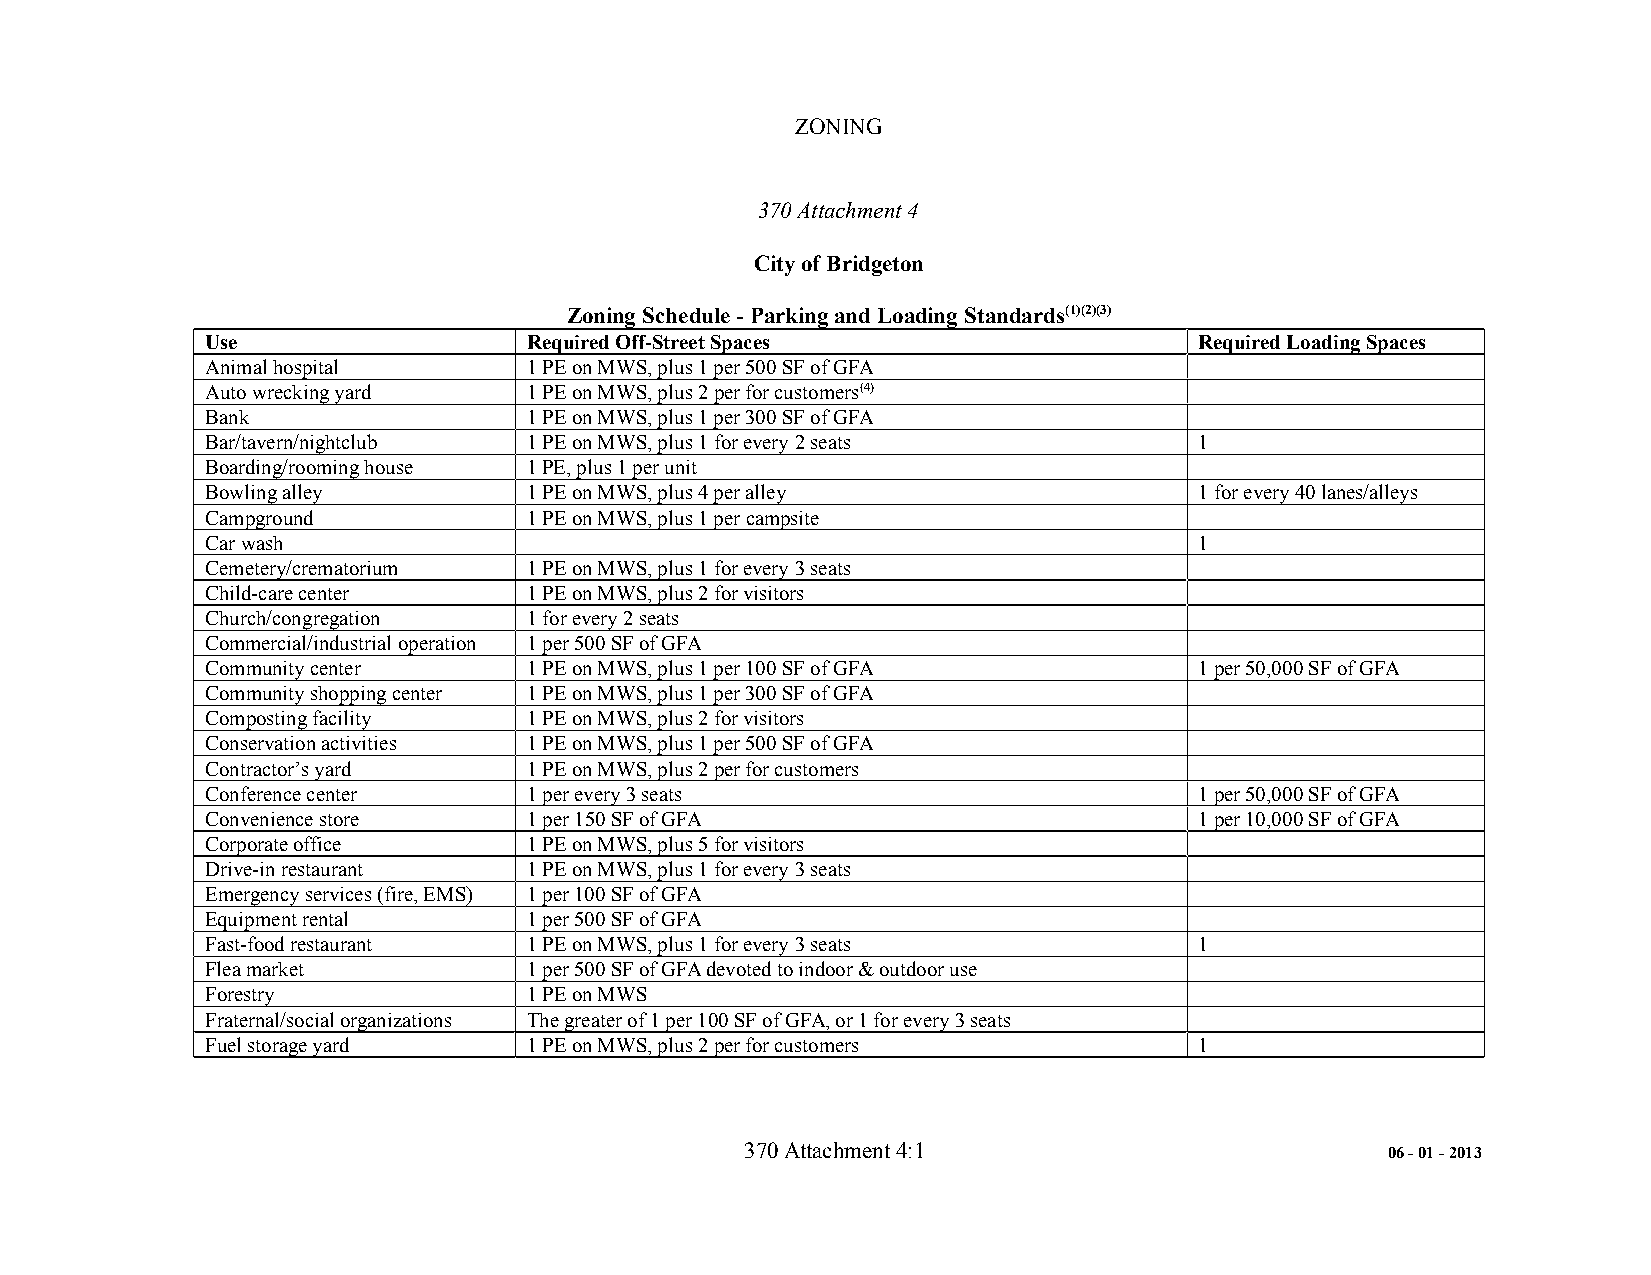
ZONING
 370 Attachment 4
 City of Bridgeton
 Zoning Schedule - Parking and Loading Standards(1)(2)(3)
 Use                  Required Off-Street Spaces                  Required Loading Spaces
 Animal hospital      1 PE on MWS, plus 1 per 500 SF of GFA
 Auto wrecking yard   1 PE on MWS, plus 2 per for customers(4)
 Bank                 1 PE on MWS, plus 1 per 300 SF of GFA
 Bar/tavern/nightclub 1 PE on MWS, plus 1 for every 2 seats       1
 Boarding/rooming house 1 PE, plus 1 per unit
 Bowling alley        1 PE on MWS, plus 4 per alley               1 for every 40 lanes/alleys
 Campground           1 PE on MWS, plus 1 per campsite
 Car wash                                                         1
 Cemetery/crematorium 1 PE on MWS, plus 1 for every 3 seats
 Child-care center    1 PE on MWS, plus 2 for visitors
 Church/congregation  1 for every 2 seats
 Commercial/industrial operation 1 per 500 SF of GFA
 Community center     1 PE on MWS, plus 1 per 100 SF of GFA       1 per 50,000 SF of GFA
 Community shopping center 1 PE on MWS, plus 1 per 300 SF of GFA
 Composting facility  1 PE on MWS, plus 2 for visitors
 Conservation activities 1 PE on MWS, plus 1 per 500 SF of GFA
 Contractor’s yard    1 PE on MWS, plus 2 per for customers
 Conference center    1 per every 3 seats                         1 per 50,000 SF of GFA
 Convenience store    1 per 150 SF of GFA                         1 per 10,000 SF of GFA
 Corporate office     1 PE on MWS, plus 5 for visitors
 Drive-in restaurant  1 PE on MWS, plus 1 for every 3 seats
 Emergency services (fire, EMS) 1 per 100 SF of GFA
 Equipment rental     1 per 500 SF of GFA
 Fast-food restaurant 1 PE on MWS, plus 1 for every 3 seats       1
 Flea market          1 per 500 SF of GFA devoted to indoor & outdoor use
 Forestry             1 PE on MWS
 Fraternal/social organizations The greater of 1 per 100 SF of GFA, or 1 for every 3 seats
 Fuel storage yard    1 PE on MWS, plus 2 per for customers       1
 370 Attachment 4:1                         06 - 01 - 2013